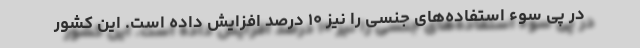
در پی سوء استفاده‌های جنسی را نیز ۱۰ درصد افزایش داده است. این کشور